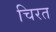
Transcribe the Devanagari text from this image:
चिरत